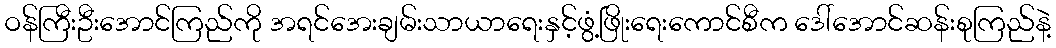
ဝန်ကြီးဦးအောင်ကြည်ကို အရင်အေးချမ်းသာယာရေးနှင့်ဖွံ့ဖြိုးရေးကောင်စီက ဒေါ်အောင်ဆန်းစုကြည်နဲ့